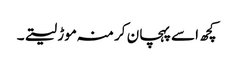
کچھ اسے پہچان کر منہ موڑ لیتے۔